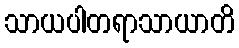
သာယပါတရာသာယာတိ